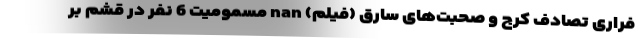
فراری تصادف کرج و صحبت‌های سارق (فیلم) nan مسمومیت 6 نفر در قشم بر